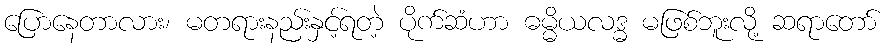
ပြောနေတာလား၊ မတရားနည်းနှင့်ရတဲ့ ပိုက်ဆံဟာ ဓမ္မိယလဒ္ဓ မဖြစ်ဘူးလို့ ဆရာတော်